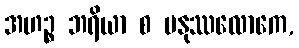
အဟဉ္စ ဘရိယာ စ မနုဿလောကေ,